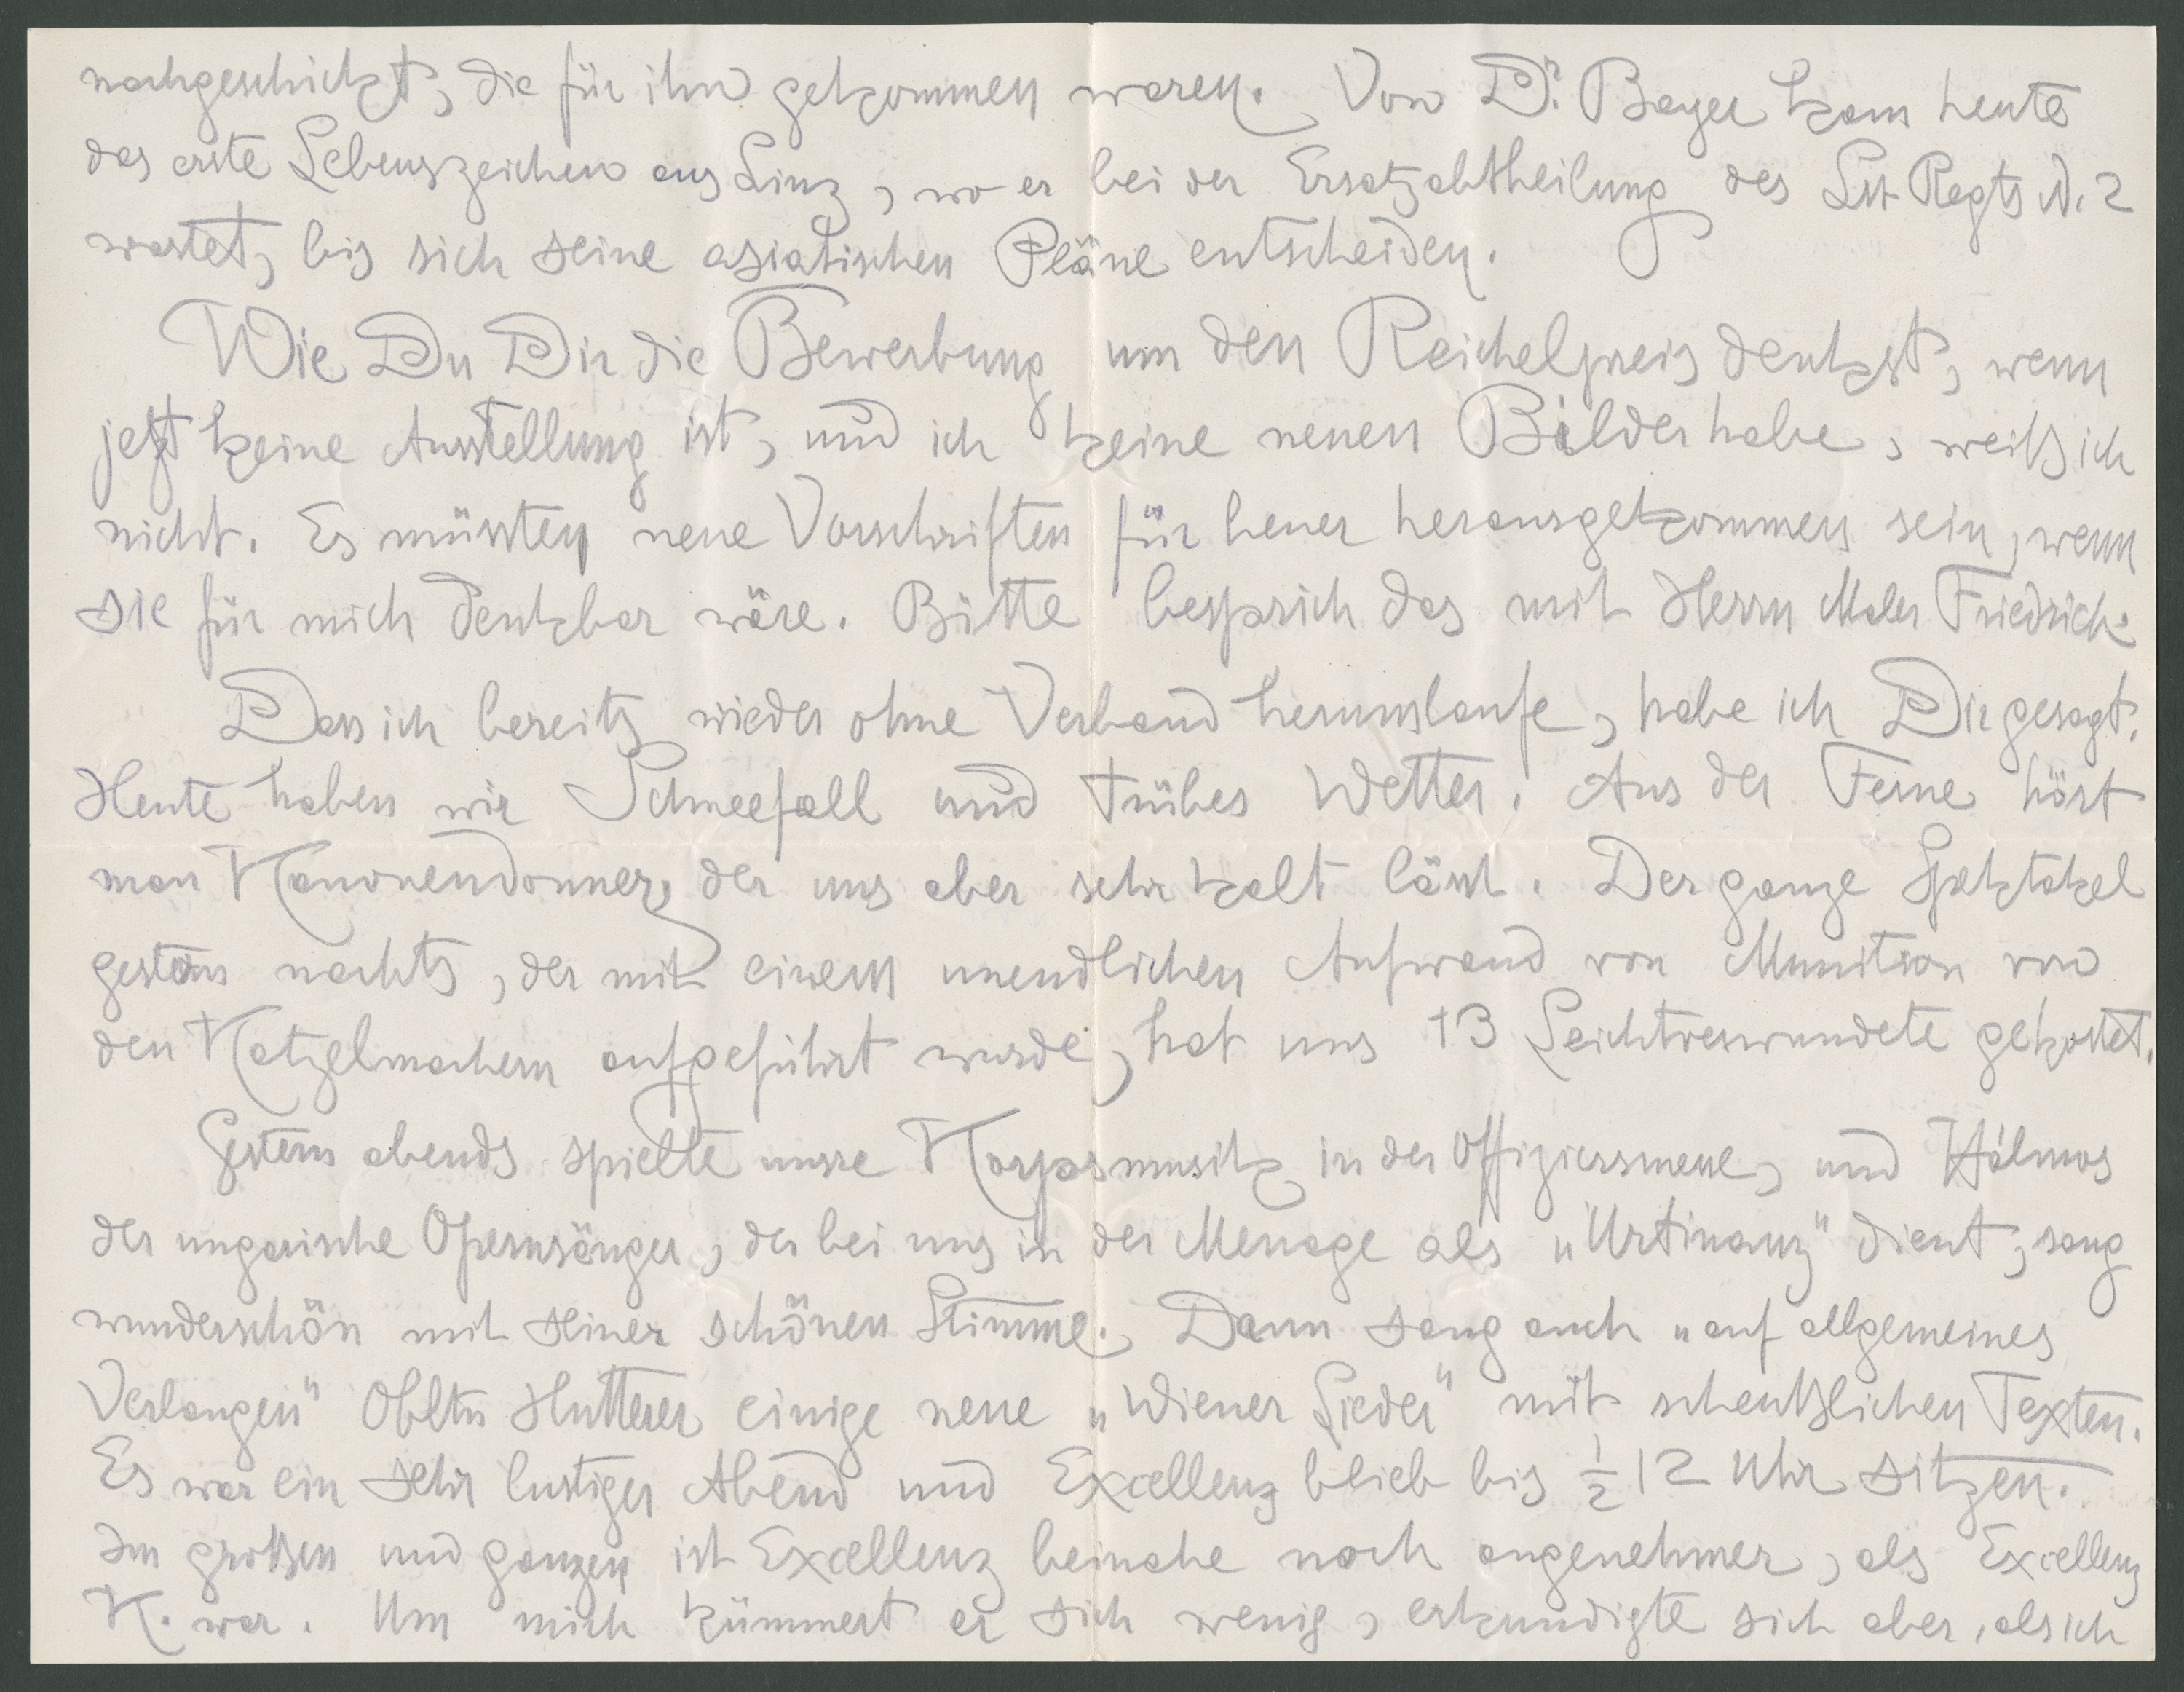
nachgeschickt, die für ihn gekommen waren. Von Dr. Bayer kam heute
das erste Lebenszeichen aus Linz, wo er bei der Ersatzabtheilung des Lst. Regts. N. 3
wartet, bis sich seine asiatischen Pläne entscheiden.
Wie Du Dir die Bewerbung um den Reichelpreis denkst, wenn
jetzt keine Ausstellung ist, und ich keine neuen Bilder habe, weiß ich
nicht. Es müssten neue Vorschriften für heuer herausgekommen sein, wenn
sie für mich denkbar wäre. Bitte besprich das mit dem Maler Friedrich.
Dass ich bereits wieder ohne Verband herumlaufe, habe ich Dir gesagt.
Heute haben wir Schneefall und trübes Wetter. Aus der Ferne hört
man Kanonendonner, der uns aber sehr kalt lässt. Der ganze Spektakel
gedöns nachts, der mit einem unendlichen Aufwand von Munition und
den Katzelmachern aufgeführt wurde, hat uns 13 Leichtverwundete gekostet.
Gestern abends spielte unsre Korpsmusik in der Offiziersmesse, und Halmos
der ungarische Opernsänger, der bei uns in der Menage als "Urtinanz" dient, sang
wunderschön mit seiner schönen Stimme. Dann sang auch "auf allgemeines
Verlangen" Obltn Hutterer einige neue "Wiener Lieder" mit scheußlichen Texten.
Es war ein sehr lustiger Abend und Excellenz blieb bis 1/2 12 Uhr sitzen.
Im großen und ganzen ist Excellenz beinahe noch angenehmer, als Excellenz
K. war. Um mich kümmert er sich wenig, erkundigte sich aber, als ich